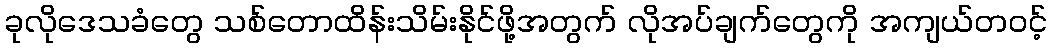
ခုလိုဒေသခံတွေ သစ်တောထိန်းသိမ်းနိုင်ဖို့အတွက် လိုအပ်ချက်တွေကို အကျယ်တဝင့်